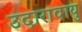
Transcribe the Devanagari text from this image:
उदारावायु